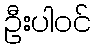
ဦးပါဝင်